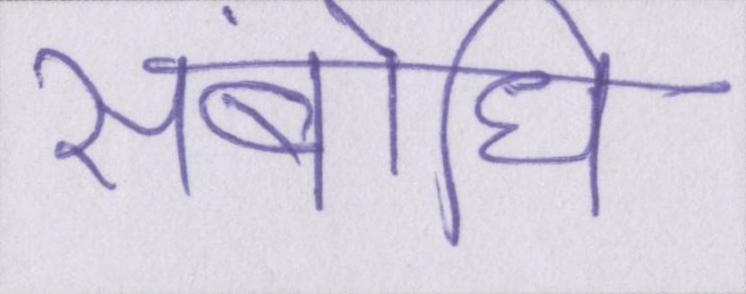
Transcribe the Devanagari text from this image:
संबोधि